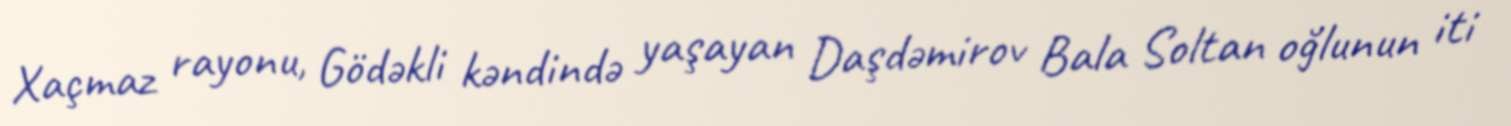
Xaçmaz rayonu, Gödəkli kəndində yaşayan Daşdəmirov Bala Soltan oğlunun iti